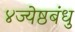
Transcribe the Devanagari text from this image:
४ज्येष्ठबंधु